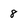
Character: 8